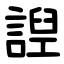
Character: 䛼